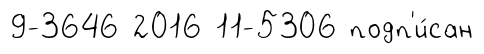
9-3646 2016 11-5306 подп'и́сан